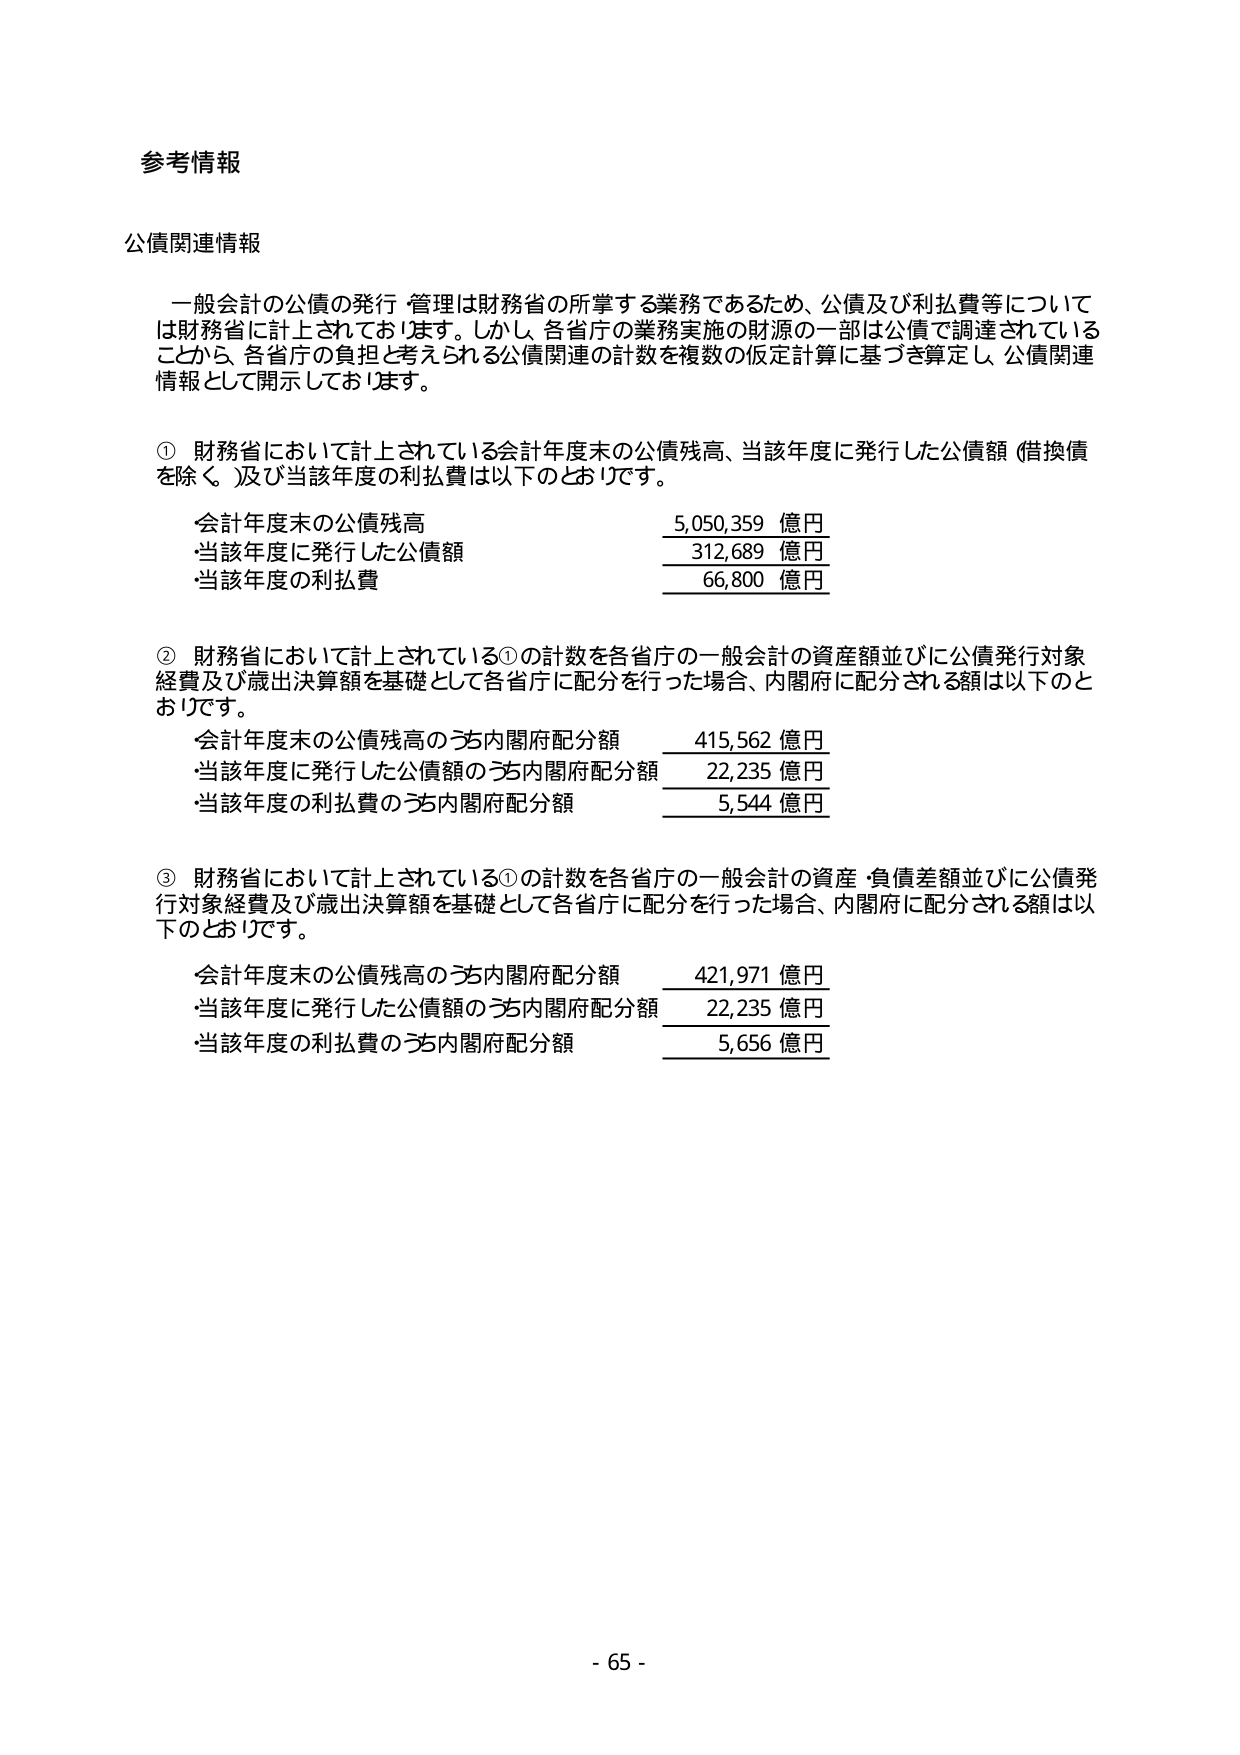
参考情報

公債関連情報

一般会計の公債の発行・管理は財務省の所掌する業務であるため、公債及び利払費等については財務省に計上されております。しかし、各省庁の業務実施の財源の一部は公債で調達されていることから、各省庁の負担と考えられる公債関連の計数を複数の仮定計算に基づき算定し、公債関連情報として開示しております。

① 財務省において計上されている会計年度末の公債残高、当該年度に発行した公債額（借換債を除く。）及び当該年度の利払費は以下のとおりです。

会計年度末の公債残高　　　　　　　　　5,050,359 億円
当該年度に発行した公債額　　　　　　　312,689 億円
当該年度の利払費　　　　　　　　　　　66,800 億円

② 財務省において計上されている①の計数を各省庁の一般会計の資産額並びに公債発行対象経費及び歳出決算額を基礎として各省庁に配分を行った場合、内閣府に配分される額は以下のとおりです。

会計年度末の公債残高のうち内閣府配分額　415,562 億円
当該年度に発行した公債額のうち内閣府配分額　22,235 億円
当該年度の利払費のうち内閣府配分額　　　5,544 億円

③ 財務省において計上されている①の計数を各省庁の一般会計の資産・負債差額並びに公債発行対象経費及び歳出決算額を基礎として各省庁に配分を行った場合、内閣府に配分される額は以下のとおりです。

会計年度末の公債残高のうち内閣府配分額　421,971 億円
当該年度に発行した公債額のうち内閣府配分額　22,235 億円
当該年度の利払費のうち内閣府配分額　　　5,656 億円

- 65 -